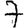
Digit: 7